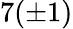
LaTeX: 7(\pm 1)